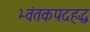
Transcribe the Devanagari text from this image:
भ्वंतकपदहद्ध